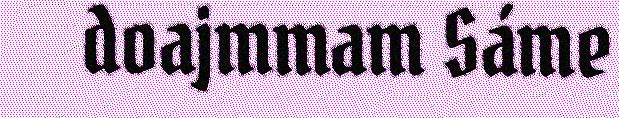
doajmmam Sáme